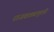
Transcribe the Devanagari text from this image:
राजवाड्यापुरती